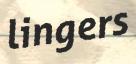
lingers